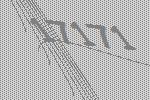
17171